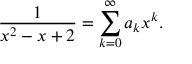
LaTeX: { \frac { 1 } { x ^ { 2 } - x + 2 } } = \sum _ { k = 0 } ^ { \infty } a _ { k } x ^ { k } .